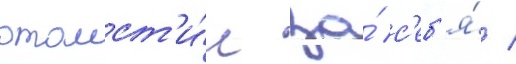
отомст'и́л за́ с'еб'я́ /